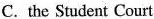
C. the Student Court